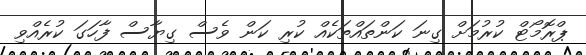
ޕްރޮމޯޓް ކުރުމަށް ގިނަ ކަންތައްތަކެއް ކުރި ކަން ވެސް ގިޔާސް ފާހަގަ ކުރެއްވި